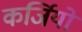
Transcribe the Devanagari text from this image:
कर्जियो